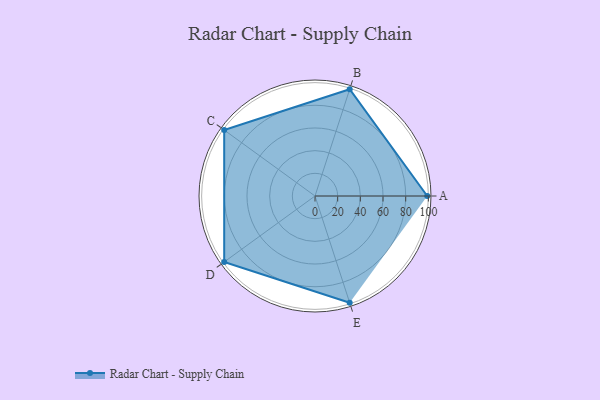
{"axis": {"x": "Skill", "y": "Score"}, "legend": ["Profile"], "data": [{"x": "A", "y": 99.0, "type": "Profile"}, {"x": "B", "y": 99, "type": "Profile"}, {"x": "C", "y": 99, "type": "Profile"}, {"x": "D", "y": 99, "type": "Profile"}, {"x": "E", "y": 99, "type": "Profile"}]}